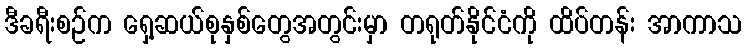
ဒီခရီးစဉ်က ရှေ့ဆယ်စုနှစ်တွေအတွင်းမှာ တရုတ်နိုင်ငံကို ထိပ်တန်း အာကာသ